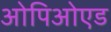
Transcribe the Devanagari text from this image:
ओपिओएड